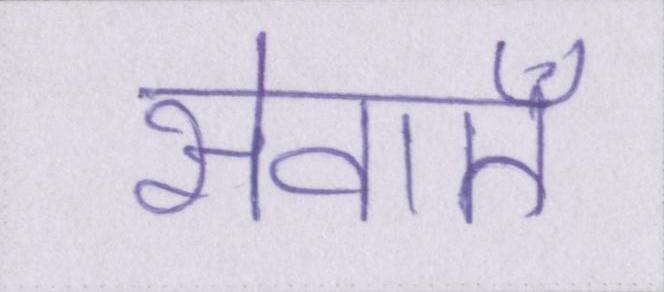
सेवाऍं